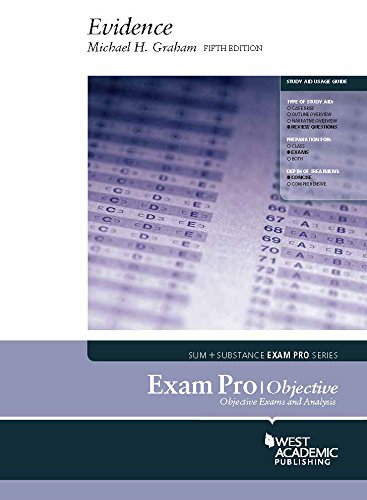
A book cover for Exam Pro on Evidence, Objective; Michael Graham; Law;